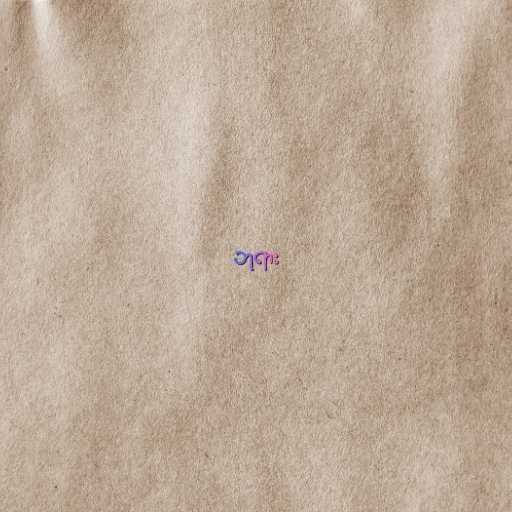
ဘုရား